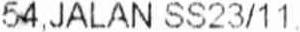
54,JALAN SS23/11.